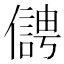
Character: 𠏬